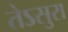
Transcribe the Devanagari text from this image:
तेऽसुरा